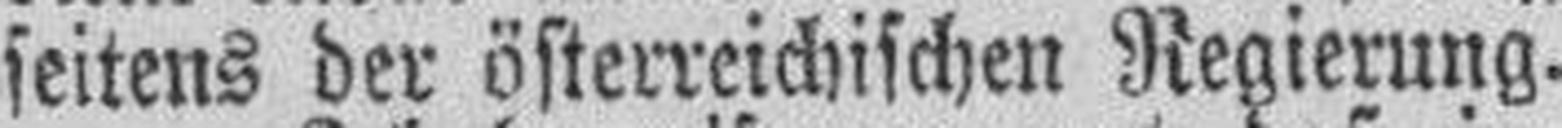
seitens der österreichischen Regierung.